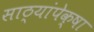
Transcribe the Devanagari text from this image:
साठ्यांपेक्षा